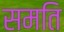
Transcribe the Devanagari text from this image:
समति